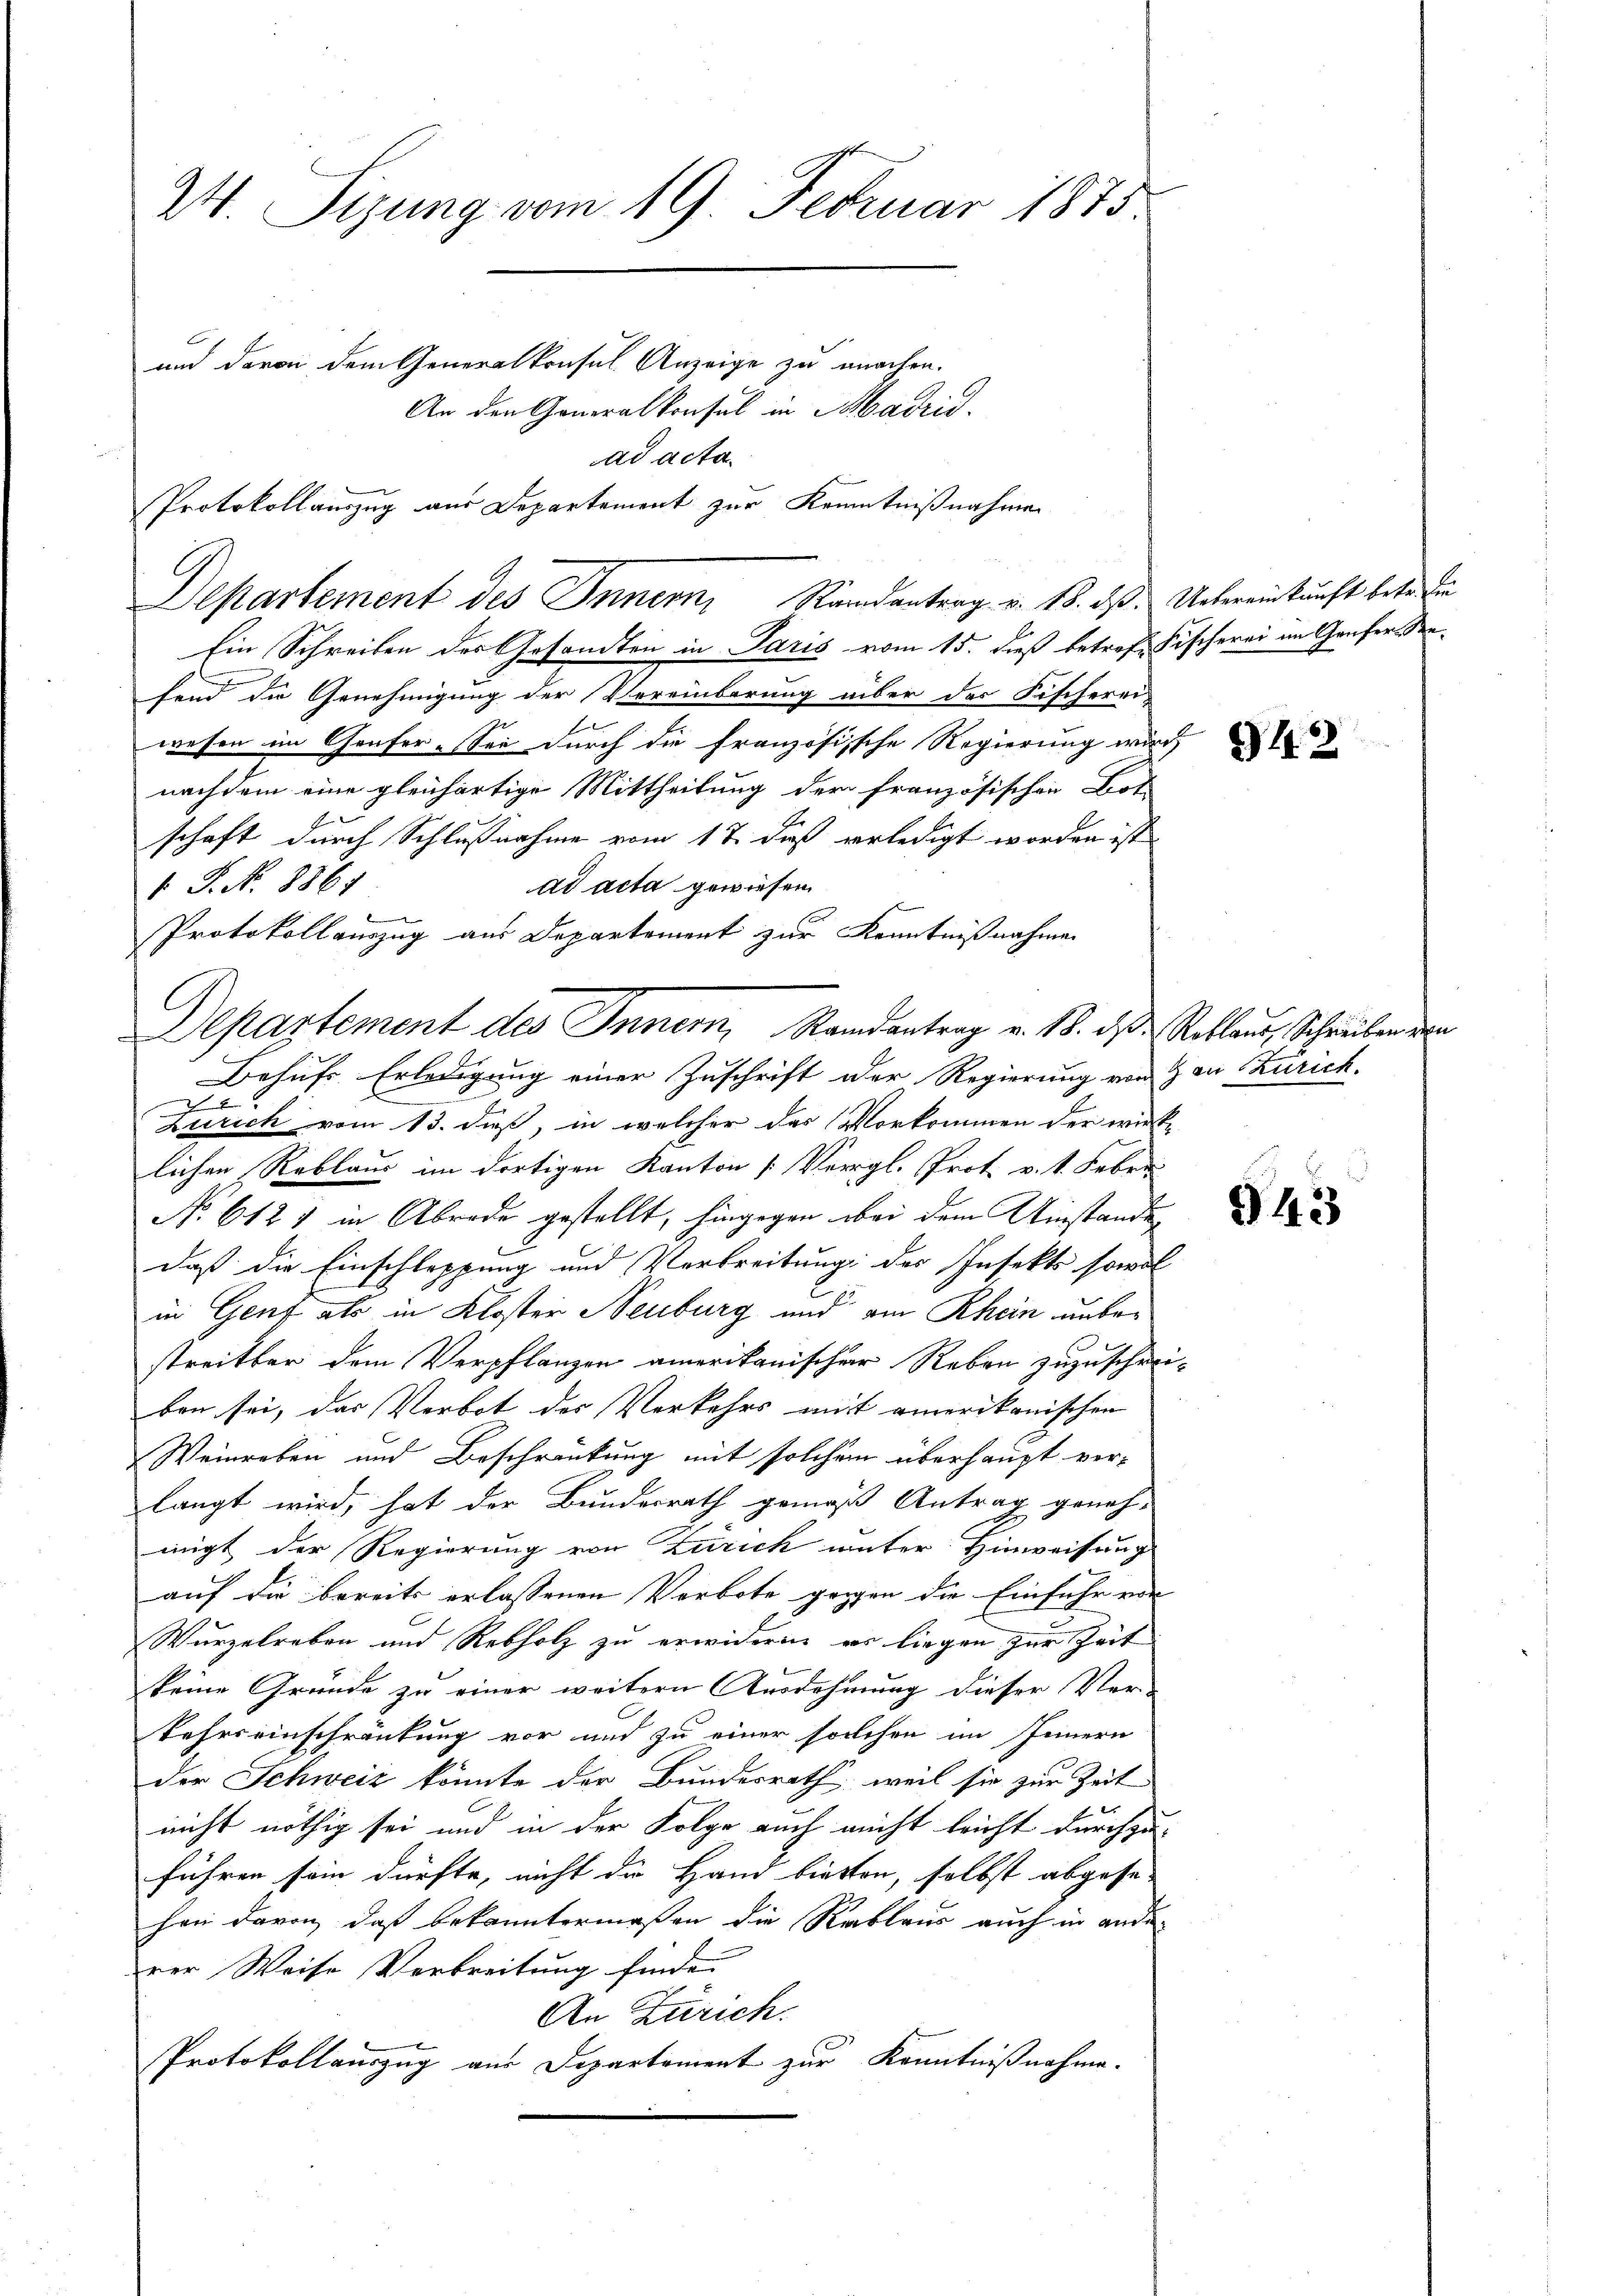
24. Sizung vom 19. Februar 1875
und davon dem Generalkonsul Anzeige zu machen.
An den Generalkonsul in Madrid
ad acta.

Ein Schreiben des Gesandten in Paris vom 15. dieß betref Fischerei im Gaufers Stafend die Genehmigung der Vereinbarung über der Fischerei-
wesen im Genfer-See durch die französische Regierung wir
nachdem eine gleichartige Mittheilung der französischen Bot
schaft durch Schlußnahme vom 12. daß erledigt worden ist
ad acta gewiesen
 P. N. 8861
Protokollauszug aus Departement zur Kenntnißnahmen
Behufs Erledigung einer Zuschrift der Regierung von Zon Zürich.
x
Zürich vom 13. dieß, in welcher das Vorkommen der wirk-
lichen Reblaue im dortigen Kanton [Vergl. Prot. v. 1. Feber
No 6127 in Abrede gestellt, hingegen bei dem Umstande
daß die Einschleppung und Verbreitung des Insekts sowol
in Genf als in Kloster Neuburg und am Rhein unbestreitter dem Verpflanzen amerikanischer Reben zuzuschreiben sei, das Verbot der Verkehrs mit einerikanischen
Weinreben und Beschränkung mit solchem überhaupt verlangt wird, hat der Bundesrath gemäß Antrag geneh-
migt der Regierung von Zürich unter Hinweisung
auf die bereits erlassenen Verbote gegen die Einfuhr vor
Wurzelreben und Rebholz zu erwidern es liegen zur Zeit
keine Grunde zu einer weitern Ausdehnung dieser Ver-
kehrseinschränkung vor und zu einer solchen im Innern
der Schweiz könnte der Bundesrath, weil sie zur Zeit
nicht nöthig sei und in der Folge auch nicht leicht durchzuführen sein dürfte, nicht die Hand bieten, selbst abgesehen davon, daß bekanntermaßen die Rablaus auch in ander
rer Weise Verbreitung finde.
An Zürich.
Protokollauszug aus Departement zur Kenntnißnahme.

Departement des Innern, Randanterg v. 18. ds. Uebereinkunft betr. die

l

Protokollauszug aus Departement zur Kenntnißnahmen

Departement des Innern, Randantrag v. 18. des Reklaus, Schreiben den

942

943